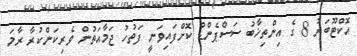
އޮކްޓޫބަރު 8 ގެ އިންތިޚާބު ސަސްޕެންޑް ކޮށްފައިވަނީ ފަތުހު ޖަމާއަތުން ވެރިކަންކުރާ ރާމަ